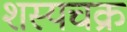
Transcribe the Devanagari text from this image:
शस्यचक्र